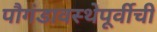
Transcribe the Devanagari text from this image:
पौगंडावस्थेपूर्वीची